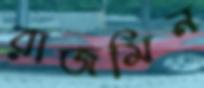
রাজমিন